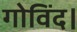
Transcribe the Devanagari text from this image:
गोविंद।